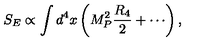
S _ { E } \propto \int d ^ { 4 } x \left( M _ { P } ^ { 2 } \frac { R _ { 4 } } { 2 } + \cdots \right) ,